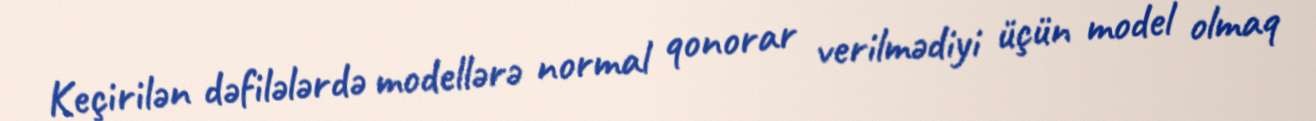
Keçirilən dəfilələrdə modellərə normal qonorar verilmədiyi üçün model olmaq